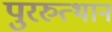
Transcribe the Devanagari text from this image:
पुररुत्थान